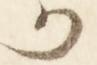
か